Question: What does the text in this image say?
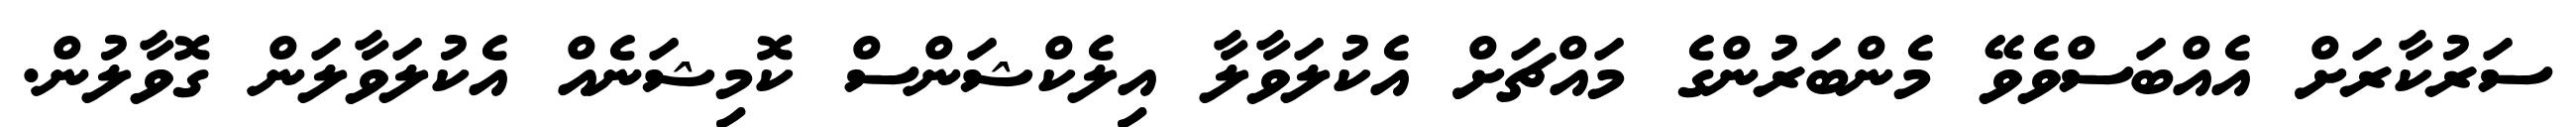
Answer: ސަރުކާރަށް އެއްބަސްވެވޭ މެންބަރުންގެ މައްޗަށް އެކުލަވާލާ އިލެކްޝަންސް ކޮމިޝަނެއް އެކުލަވާލަން ގޮވާލުން.